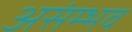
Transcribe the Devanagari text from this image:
असंम्भव